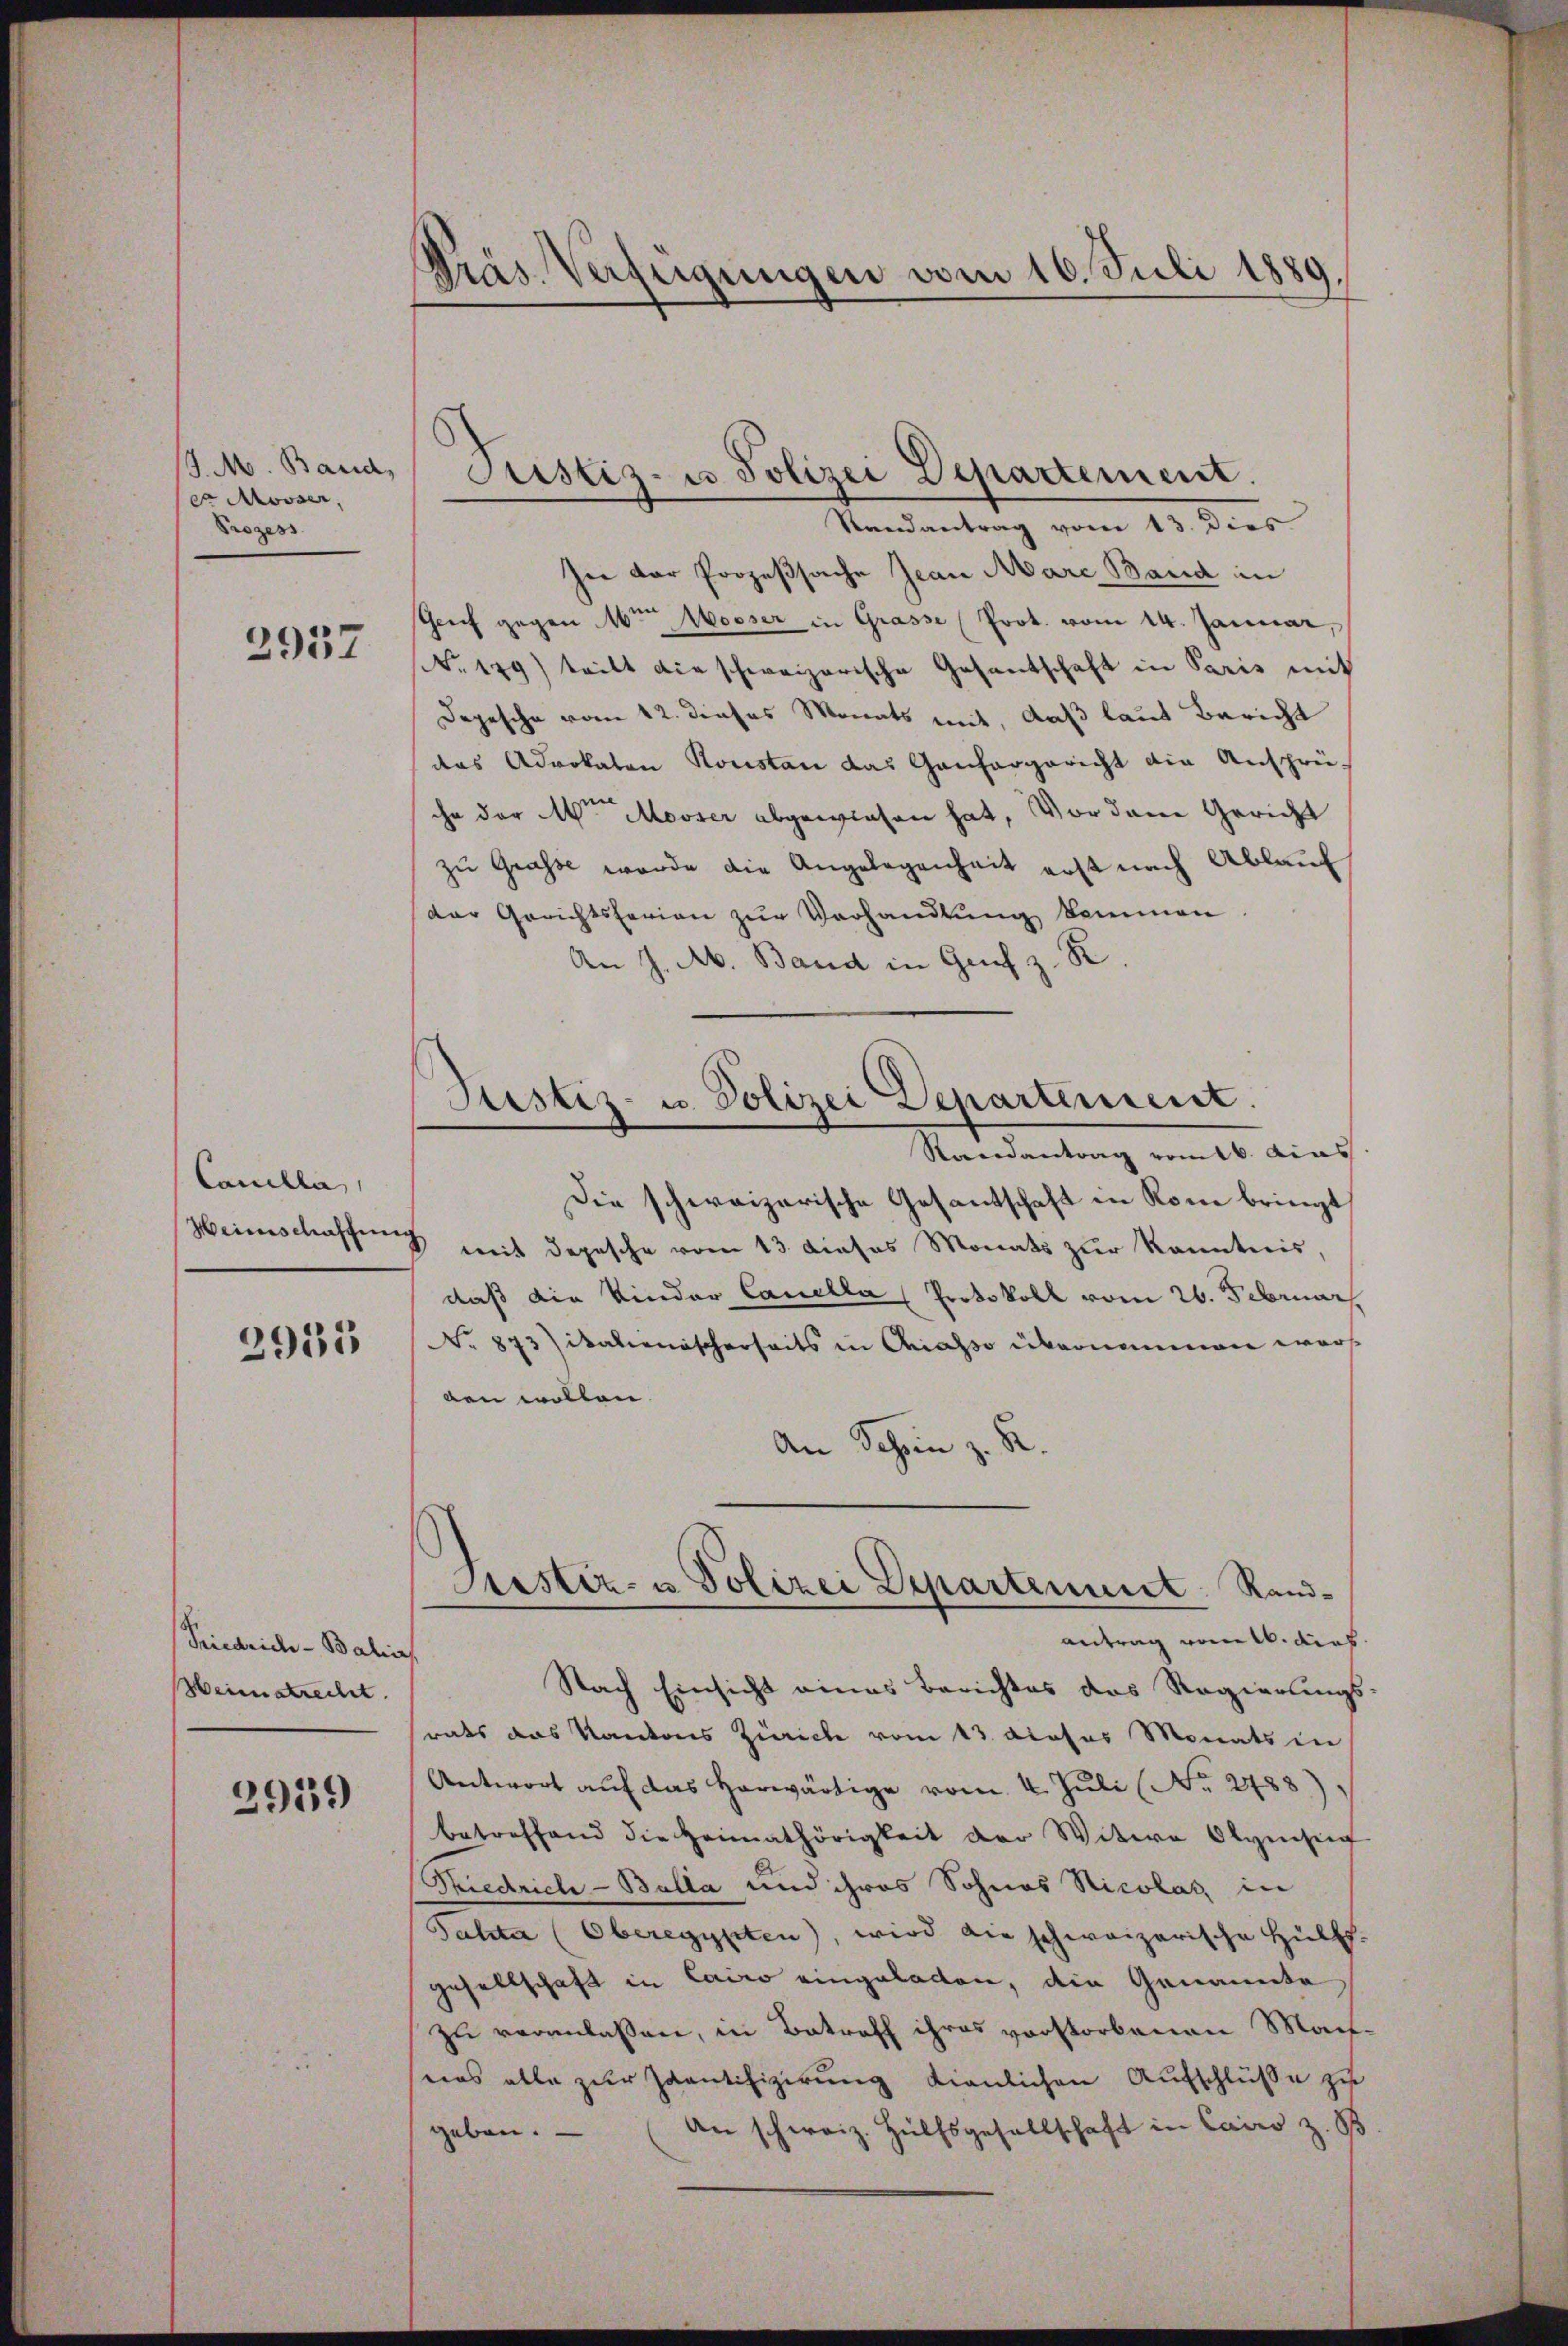
J. M. Band,
 Mösser,
Prozess

2957

Canella
Weinschaffen

2935

Friedrich-Balin
Heimstrechet.

2959

Präs. Verfügungen vom 16. Juli 1889.

Randantrag vom 13. Dies
In der Prozeßsache Jean Mare Band in
Geich gegen 6ten Mösser in Grasse (Prot. vom 14. Januar,
Nr. 179) teilt die schweizerische Gesantschaft in Paris mit
Depesche vom 12. dieses Monats mit, daß laut Bericht
das Advokaten Konstan das Ganhergericht die Ansprü-
che der Art Mooser abgewiesen hat, Vordame Gericht
zŭ Grasse wurde die Angelegenheit erst nach Ablaŭf
der Gerichtsferien zur Verhandlung kommen
An J. A. Band in Guch z. R
Raandantrag vom 16. Acas.
Die schweizerische Gesantschaft in Rom bringt
 mit Depesche vom 13. dieses Monats zur Kenntnis,
daß die Kinder Canella (Protokoll vom 26. Februar
No 873)ikalienischerseits in Chiasso übernommen worf
ben wollen.
An Schein z. B.
Justiz- u Polizei Departement. Randantrag von 16. dies
Nach Einsicht eines Berichtes das Regierungs-
rats das Kantons Zürich vom 13. dieses Monats in
Antwort aŭf das herwärtige vom 4. Jŭli (No. 2488),
betreffend die Heimathörigkeit der Witwe Olymsig
Stiedrich-Balla und ihres Sohnes Nicolaz, in
Falter (Oberegypten, wird die schweizerische Hülfs-
gesellschaft in Cairo eingeladen, die Genannte
zu verlaßen, in Betreff ihres vorstorbenen Machwas alle zur Zaantifizierung dienlichen Aufschlüße zu
An schweiz. Hülfsgesellschaft in Cairo z. B
geben.

Justiz- u. Polizei Departement.

Justiz- u. Polizei Departement.